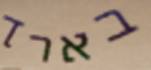
בארך